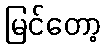
မြင်တော့